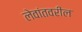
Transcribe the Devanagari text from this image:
लेवांतवरील